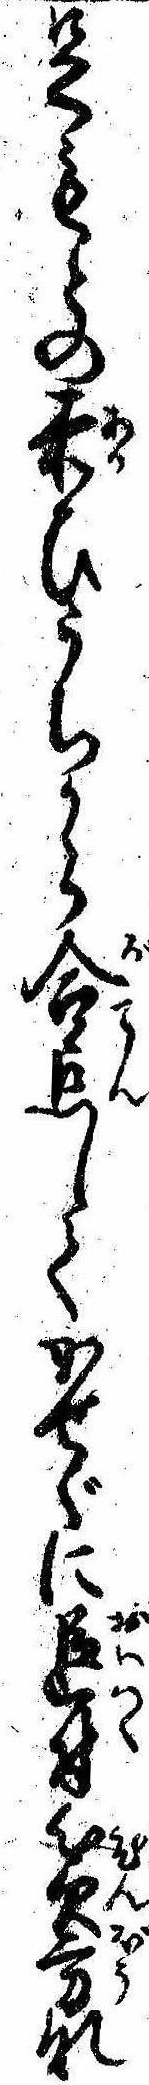
足もとの赤ひうちから合点してかせぐに追付貧方な